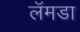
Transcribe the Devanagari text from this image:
लॅमडा